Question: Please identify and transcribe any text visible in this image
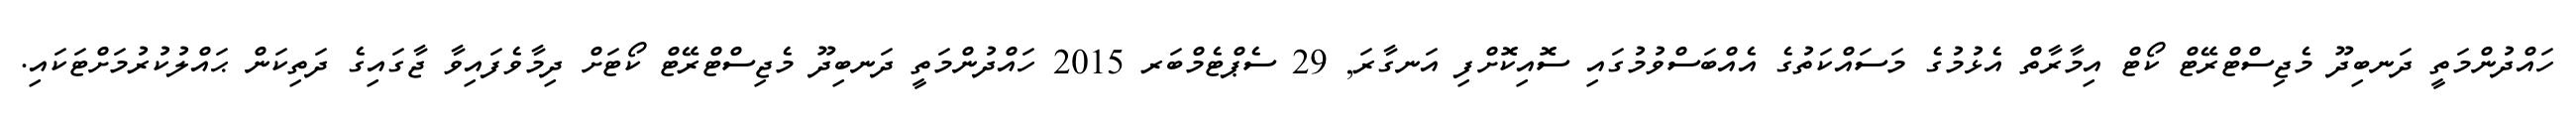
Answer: ހައްދުންމަތީ ދަނބިދޫ މެޖިސްޓްރޭޓް ކޯޓް އިމާރާތް އެޅުމުގެ މަސައްކަތުގެ އެއްބަސްވުމުގައި ސޮއިކޮށްފި އަނގާރަ, 29 ސެޕްޓެމްބަރ 2015 ހައްދުންމަތީ ދަނބިދޫ މެޖިސްޓްރޭޓް ކޯޓަށް ދިމާވެފައިވާ ޖާގައިގެ ދަތިކަން ޙައްލުކުރުމަށްޓަކައި.